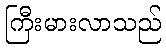
ကြီးမားလာသည်